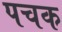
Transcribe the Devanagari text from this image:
पचक